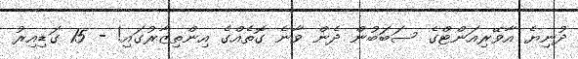
ދުނިޔެ އާވޭރިއަންޓްގެ ސަބަބުން ދެން ވާނެ ގޮތެއްގެ އިންތިޒާރުގައި! - 15 ގަޑިއިރު